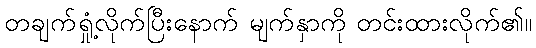
တချက်ရှုံ့လိုက်ပြီးနောက် မျက်နှာကို တင်းထားလိုက်၏။